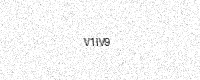
Text: V1IV9